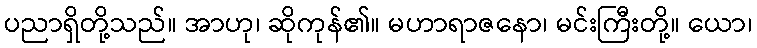
ပညာရှိတို့သည်။ အာဟု၊ ဆိုကုန်၏။ မဟာရာဇနော၊ မင်းကြီးတို့။ ယော၊